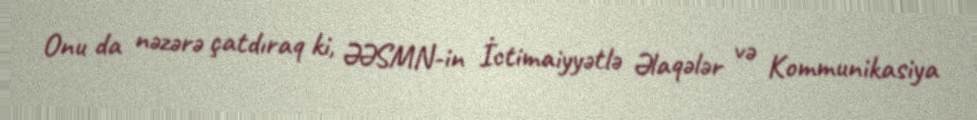
Onu da nəzərə çatdıraq ki, ƏƏSMN-in İctimaiyyətlə Əlaqələr və Kommunikasiya